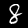
Label: 8